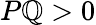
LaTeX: P\mathbb{Q}>0